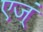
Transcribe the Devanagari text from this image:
एज्ं